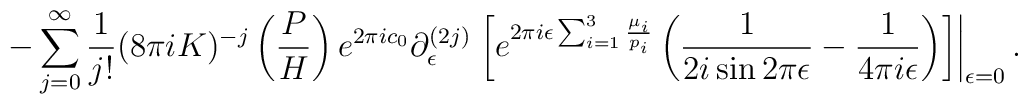
-\sum_{j=0}^{\infty}\frac{1}{j!}(8\pi iK)^{-j}\left(\frac{P}{H}\right)e^{2\pi ic_{0}}\partial_{\epsilon}^{(2j)}\left.\left[e^{2\pi i\epsilon\sum_{i=1}^{3}\frac{\mu_{i}}{p_{i}}}\left(\frac{1}{2i\sin 2\pi\epsilon}-\frac{1}{4\pi i\epsilon}\right)\right]\right|_{\epsilon=0}.